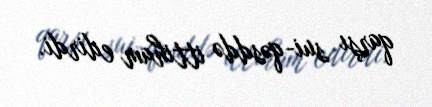
qarşı sui-qəsddə ittiham edirdi.